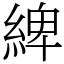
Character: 綼